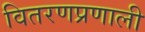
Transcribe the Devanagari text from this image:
वितरणप्रणाली